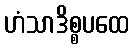
ဟံသာဒိစ္စပထေ